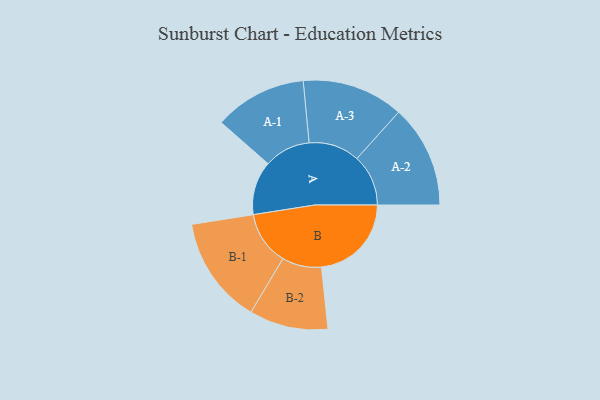
{"axis": {"x": "Segment", "y": "Value"}, "legend": ["", "A", "B"], "data": [{"x": "A", "y": 180, "type": ""}, {"x": "B", "y": 301, "type": ""}, {"x": "A-1", "y": 155, "type": "A"}, {"x": "A-2", "y": 172, "type": "A"}, {"x": "A-3", "y": 170, "type": "A"}, {"x": "B-1", "y": 180, "type": "B"}, {"x": "B-2", "y": 132, "type": "B"}]}